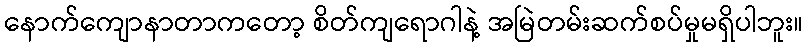
နောက်ကျောနာတာကတော့ စိတ်ကျရောဂါနဲ့ အမြဲတမ်းဆက်စပ်မှုမရှိပါဘူး။